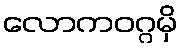
လောကဝဂ္ဂမှိ